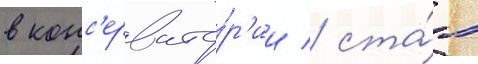
в конс'ервато́р'ии / ста́л